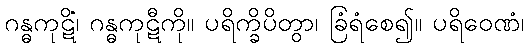
ဂန္ဓကုဋိံ၊ ဂန္ဓကုဋီကို။ ပရိက္ခိပိတွာ၊ ခြံရံစေ၍။ ပရိဝေဏံ၊